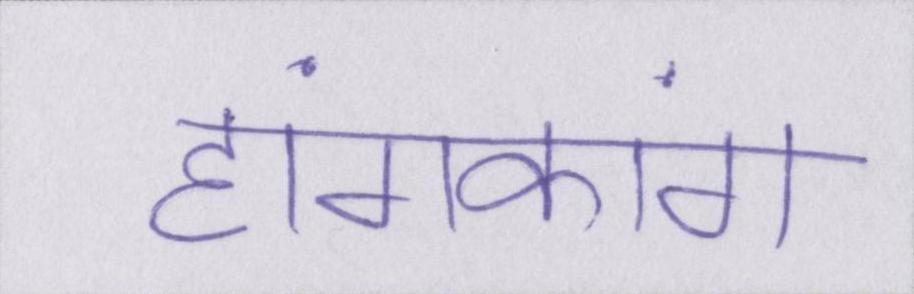
हांगकांग